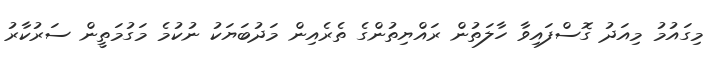
މިގައުމު މިއަދު ގޮސްފައިވާ ހާލަތުން ރައްޔިތުންގެ ތެރެއިން މަދުބަޔަކު ނުކުމެ މަގުމަތީން ސަރުކާރު